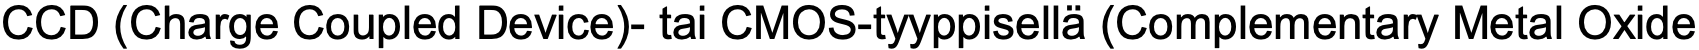
CCD (Charge Coupled Device)- tai CMOS-tyyppisellä (Complementary Metal Oxide